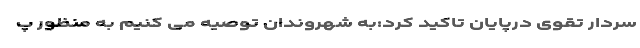
سردار تقوی درپایان تاکید کرد:به شهروندان توصیه می کنیم به منظور پ